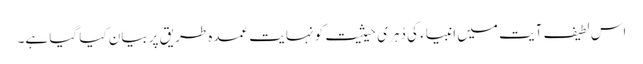
اس لطیف آیت میں انبیاء کی دُہری حیثیت کو نہایت عمدہ طریق پر بیان کیا گیا ہے۔